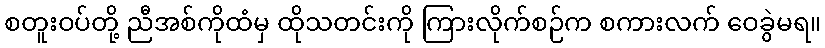
စတူးဝပ်တို့ ညီအစ်ကိုထံမှ ထိုသတင်းကို ကြားလိုက်စဉ်က စကားလက် ဝေခွဲမရ။